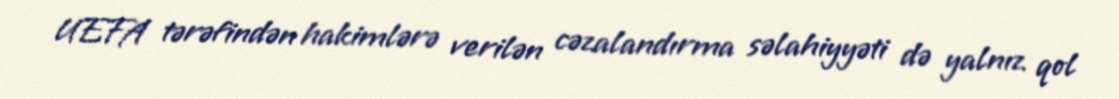
UEFA tərəfindən hakimlərə verilən cəzalandırma səlahiyyəti də yalnız qol